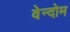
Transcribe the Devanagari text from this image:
वेन्दोम